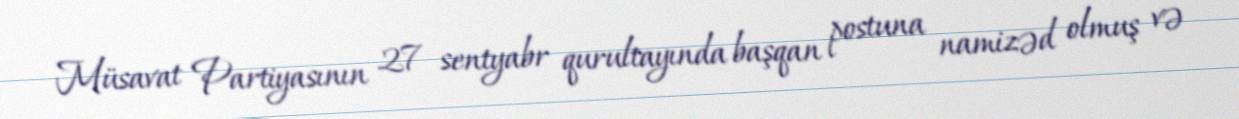
Müsavat Partiyasının 27 sentyabr qurultayında başqan postuna namizəd olmuş və